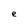
Character: e